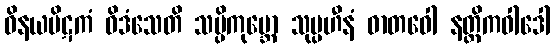
ဝိနယပိဋကံ ဝိဒံသေတိ သပ္ပိကုမ္ဘော သုပ္ပဟီနံ ဓာတဝေါ နတ္ထိကဝါဒေါ